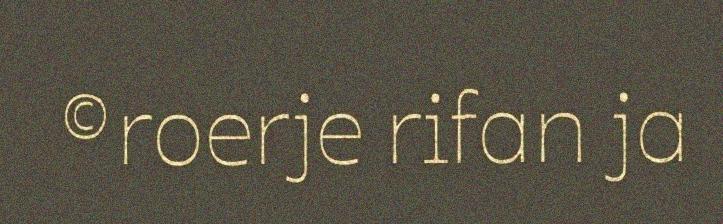
©roerje rifan ja